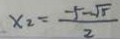
x _ { 2 } = \frac { - 5 - \sqrt { 5 } } { 2 }